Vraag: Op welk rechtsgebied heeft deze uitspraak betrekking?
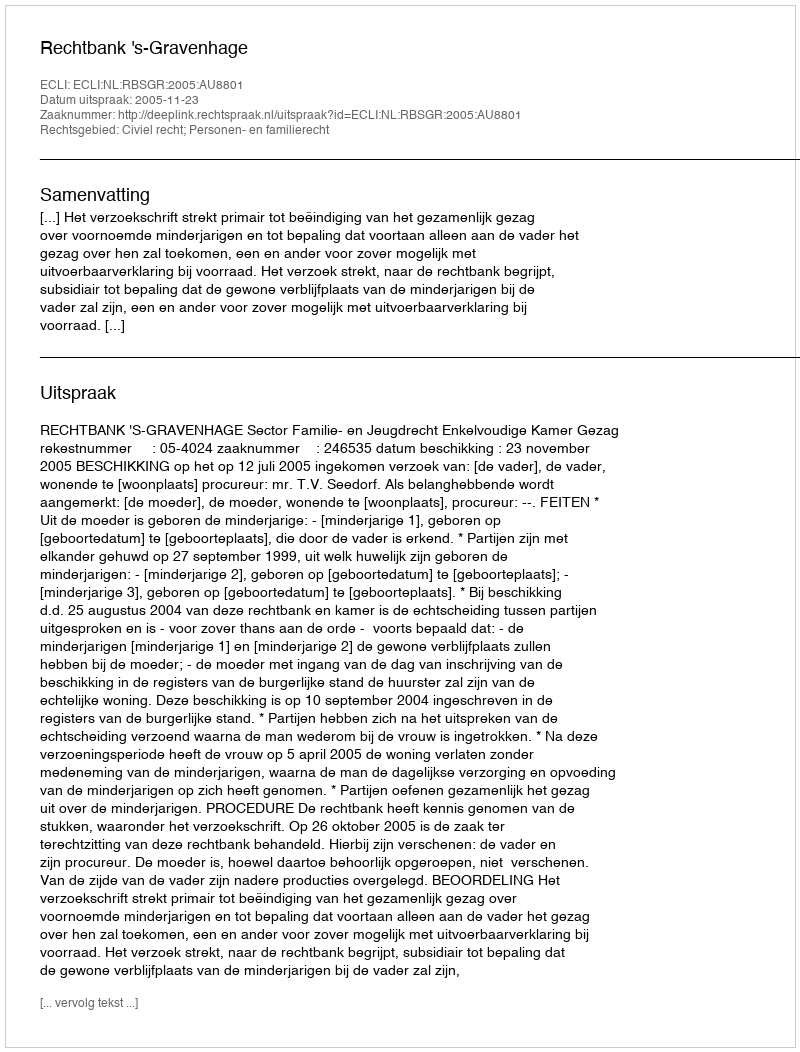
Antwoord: Civiel recht; Personen- en familierecht